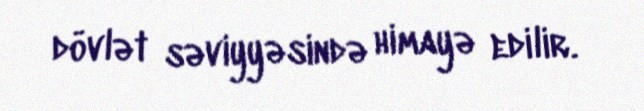
dövlət səviyyəsində himayə edilir.